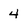
Character: 4